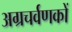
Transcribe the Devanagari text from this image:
अग्रचर्वणकों